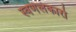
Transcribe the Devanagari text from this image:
स्वर्णलंकारो